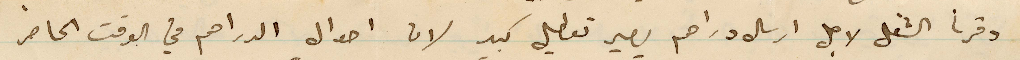
وفرنا الشغل لاجل ارسال الدراهم يصير تعطيل كبير لان أحوال الدراهم في الوقت الحاضر